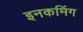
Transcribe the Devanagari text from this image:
इनकमिंग